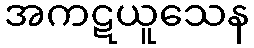
အကဋယူသေန